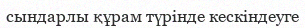
сындарлы құрам түрінде кескіндеуге